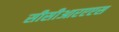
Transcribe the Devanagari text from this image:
सीसीआरएएस